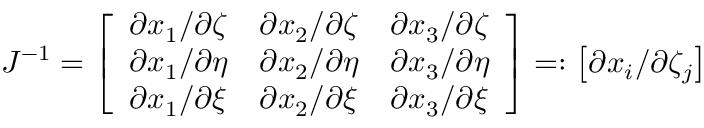
J ^ { - 1 } = \left[ \begin{array} { l l l } { \partial x _ { 1 } / \partial \zeta } & { \partial x _ { 2 } / \partial \zeta } & { \partial x _ { 3 } / \partial \zeta } \\ { \partial x _ { 1 } / \partial \eta } & { \partial x _ { 2 } / \partial \eta } & { \partial x _ { 3 } / \partial \eta } \\ { \partial x _ { 1 } / \partial \xi } & { \partial x _ { 2 } / \partial \xi } & { \partial x _ { 3 } / \partial \xi } \end{array} \right] = : \left[ \partial x _ { i } / \partial \zeta _ { j } \right]